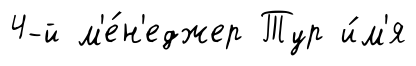
4-й м'е́н'еджер Тур и́м'я